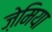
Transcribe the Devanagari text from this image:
ज़ेमिया